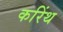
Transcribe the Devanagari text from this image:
करिंथ